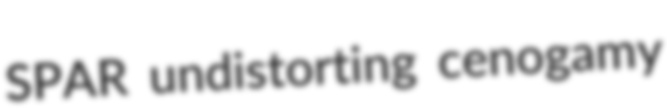
SPAR undistorting cenogamy